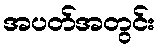
အပတ်အတွင်း